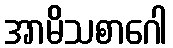
အာမိသစာဂေါ